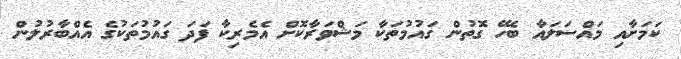
ކަމަށާއި މައްސަލައާ ބެހޭ ގޮތުން ގައުމުތަކާ މަޝްވަރާކޮށް އެމެރިކާ ފަދަ ގައުމުތަކުގެ އެއްބާރުލުން